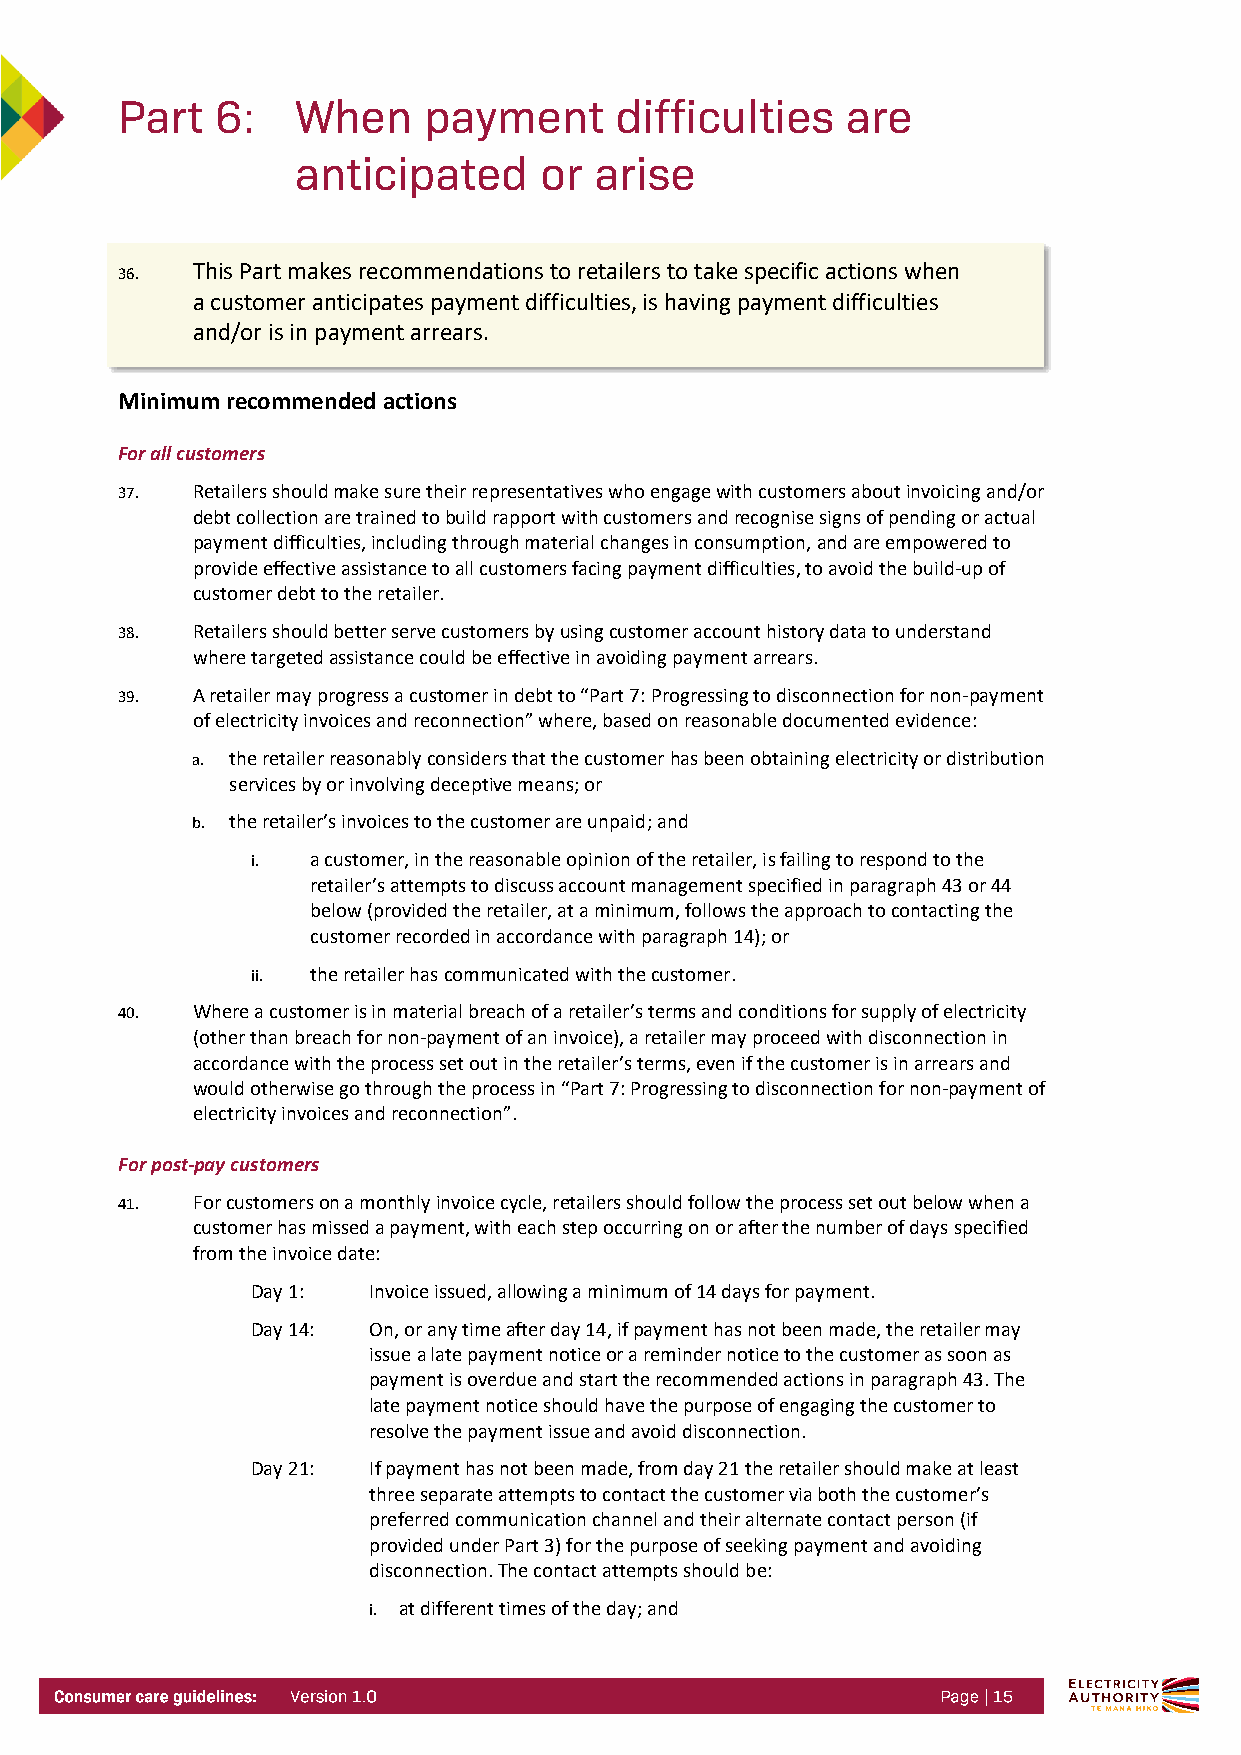
36.  This Part makes recommendations to retailers to take specific actions when
 a customer anticipates payment difficulties, is having payment difficulties
 and/or is in payment arrears.
 Minimum recommended actions
 For all customers
 37.  Retailers should make sure their representatives who engage with customers about invoicing and/or
 debt collection are trained to build rapport with customers and recognise signs of pending or actual
 payment difficulties, including through material changes in consumption, and are empowered to
 provide effective assistance to all customers facing payment difficulties, to avoid the build-up of
 customer debt to the retailer.
 38.  Retailers should better serve customers by using customer account history data to understand
 where targeted assistance could be effective in avoiding payment arrears.
 39.  A retailer may progress a customer in debt to “Part 7: Progressing to disconnection for non-payment
 of electricity invoices and reconnection” where, based on reasonable documented evidence:
 a. the retailer reasonably considers that the customer has been obtaining electricity or distribution
 services by or involving deceptive means; or
 b. the retailer’s invoices to the customer are unpaid; and
 i.  a customer, in the reasonable opinion of the retailer, is failing to respond to the
 retailer’s attempts to discuss account management specified in paragraph 43 or 44
 below (provided the retailer, at a minimum, follows the approach to contacting the
 customer recorded in accordance with paragraph 14); or
 ii. the retailer has communicated with the customer.
 40.  Where a customer is in material breach of a retailer’s terms and conditions for supply of electricity
 (other than breach for non-payment of an invoice), a retailer may proceed with disconnection in
 accordance with the process set out in the retailer’s terms, even if the customer is in arrears and
 would otherwise go through the process in “Part 7: Progressing to disconnection for non-payment of
 electricity invoices and reconnection”.
 For post-pay customers
 41.  For customers on a monthly invoice cycle, retailers should follow the process set out below when a
 customer has missed a payment, with each step occurring on or after the number of days specified
 from the invoice date:
 Day 1: Invoice issued, allowing a minimum of 14 days for payment.
 Day 14: On, or any time after day 14, if payment has not been made, the retailer may
 issue a late payment notice or a reminder notice to the customer as soon as
 payment is overdue and start the recommended actions in paragraph 43. The
 late payment notice should have the purpose of engaging the customer to
 resolve the payment issue and avoid disconnection.
 Day 21: If payment has not been made, from day 21 the retailer should make at least
 three separate attempts to contact the customer via both the customer’s
 preferred communication channel and their alternate contact person (if
 provided under Part 3) for the purpose of seeking payment and avoiding
 disconnection. The contact attempts should be:
 i. at different times of the day; and